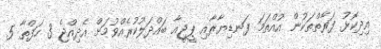
އިދިކޮޅު ފަރާތްތަކުން އުއްތަމަ ފަނޑިޔާރާއި ޕީޖީއާ ބައްދަލުކުރެއްވުމަށް އެދިއްޖެ 3 ހަފްތާ 5